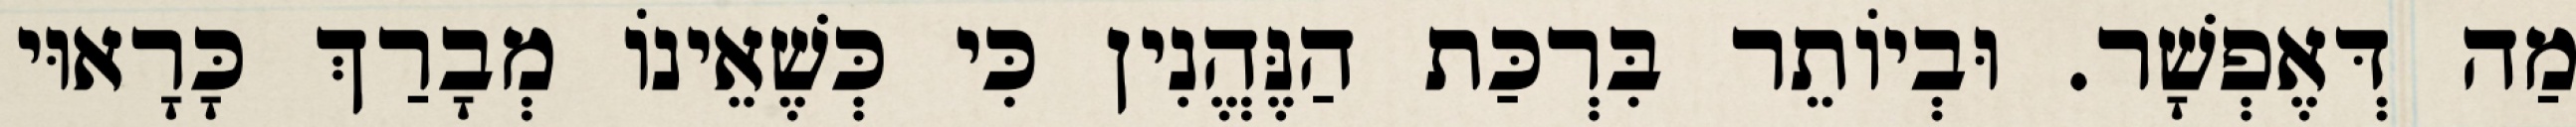
מַה דְּאֶפְשָׁר. וּבְיוֹתֵר בִּרְכַּת הַנֶּהֱנִין כִּי כְּשֶׁאֵינוֹ מְבָרַךְ כָּרָאוּי